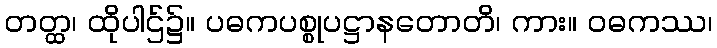
တတ္ထ၊ ထိုပါဌ်၌။ ပဓကပစ္စုပဋ္ဌာနတောတိ၊ ကား။ ဝဓကဿ၊